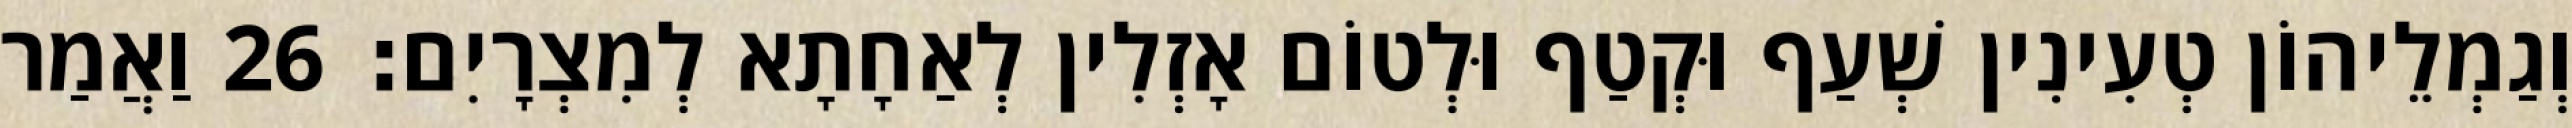
וְגַמְלֵיהוֹן טְעִינִין שְׁעַף וּקְטַף וּלְטוֹם אָזְלִין לְאַחָתָא לְמִצְרָיִם׃ 26 וַאֲמַר